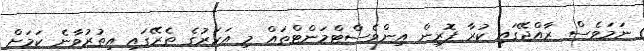
ނަމަވެސް ރާއްޖޭގައި ކުރާ ފޮރިން އިންވެސްޓްމަންޓްތައް މި އަހަރުގެ ތެރޭގައި އިތުރުވާނެ ކަމަށް